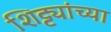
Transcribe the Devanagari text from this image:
शिट्ट्यांच्या